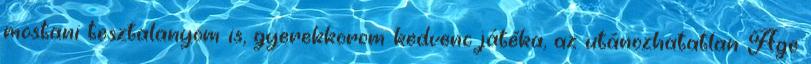
mostani tesztalanyom is, gyerekkorom kedvenc játéka, az utánozhatatlan Age